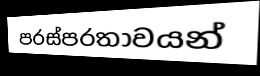
පරස්පරතාවයන්